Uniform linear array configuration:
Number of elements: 4
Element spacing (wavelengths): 0.25
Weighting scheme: uniform
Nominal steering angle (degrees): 30
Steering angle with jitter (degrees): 29.571
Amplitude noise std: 0.05
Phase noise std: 0.05

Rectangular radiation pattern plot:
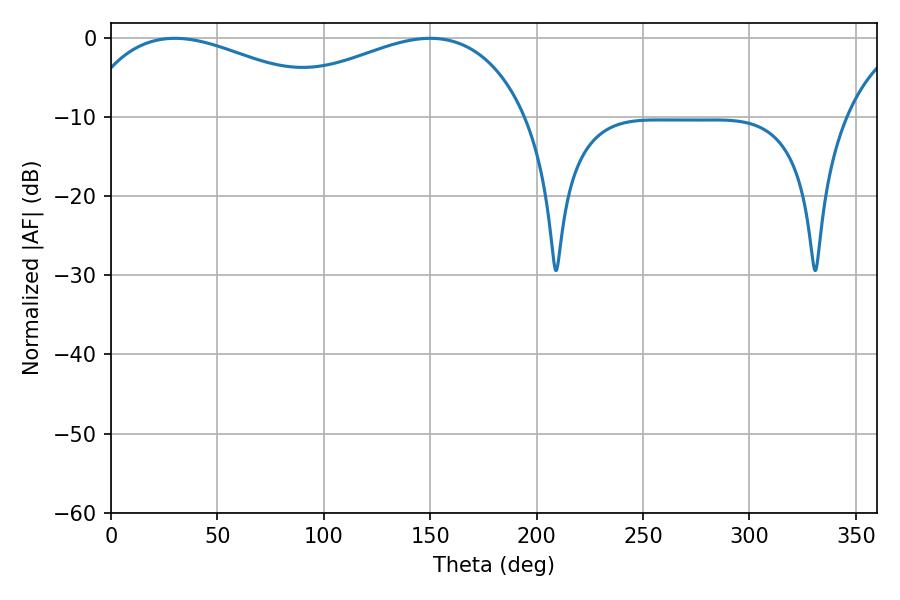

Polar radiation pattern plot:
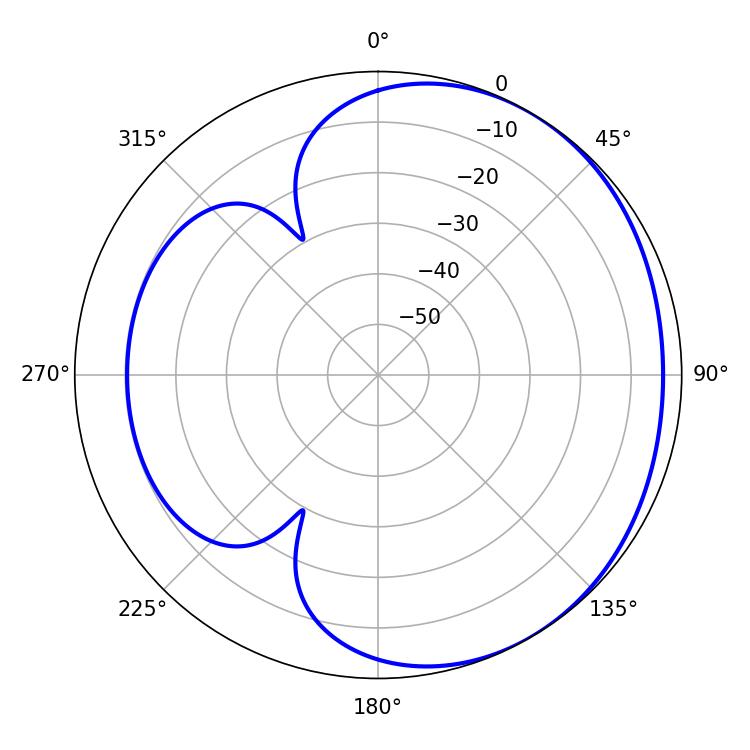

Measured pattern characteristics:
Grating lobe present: FALSE
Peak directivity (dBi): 2.178
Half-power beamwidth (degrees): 70.2
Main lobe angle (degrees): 30.06